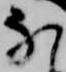
な